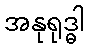
အနုရုဒ္ဓါ